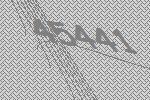
45441